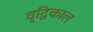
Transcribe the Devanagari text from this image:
वृद्विकाल